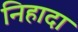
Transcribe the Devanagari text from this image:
निहादा